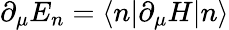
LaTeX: \partial_{\mu}E_{n}=\langle n|\partial_{\mu}H|n\rangle